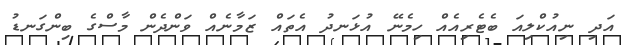
އަދި ނިއުކްލިއަ ބެޓެރިއެއް ހިމެނޭ އުޅަނދު އެތައް ޒަމާނެއް ވަންދެން މާސްގެ ބިންގަނޑު